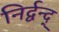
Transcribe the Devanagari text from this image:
निर्द्वन्द्